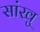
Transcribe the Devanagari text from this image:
सांखु